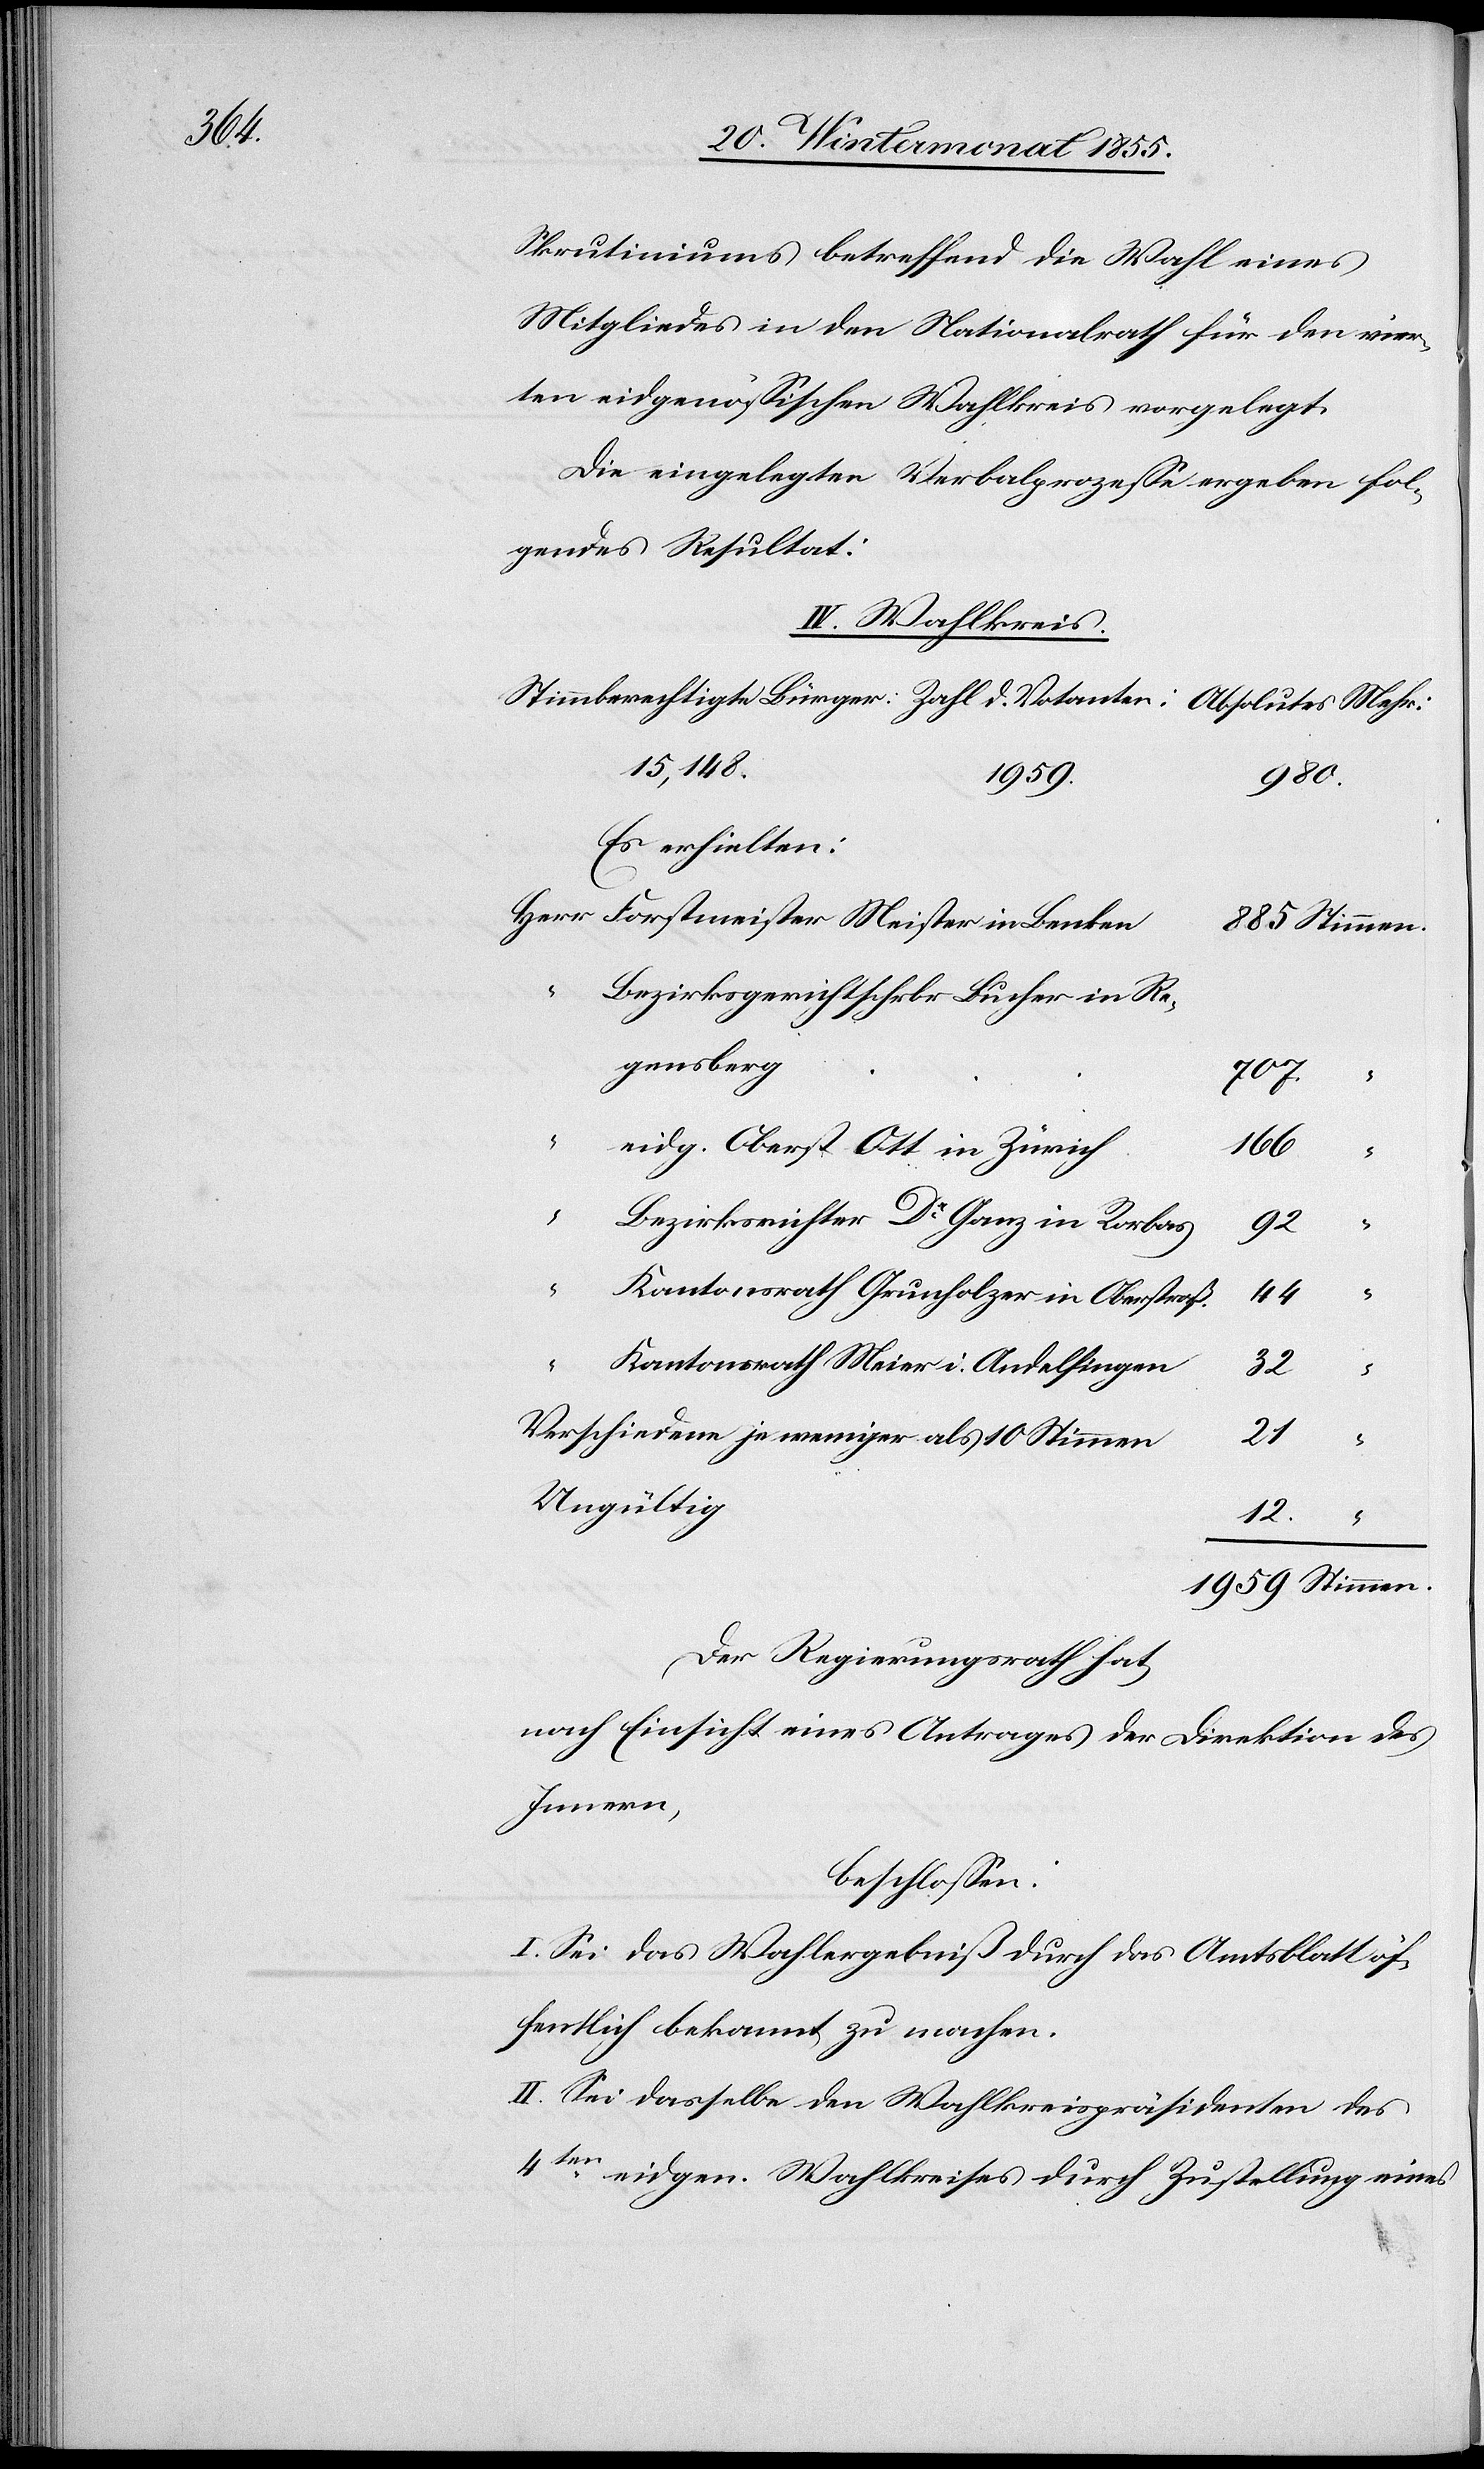
Mehr:

Skrutiniums betreffend die Wahl eines
Mitgliedes in den Nationalrath für den vier¬
ten eidgenössischen Wahlkreis vorgelegt.
Die eingelegten Verbalprozesse ergeben fol¬
gendes Resultat:
IV. Wahlkreis.
15,148.
1959.
166
Es erhielten:
Forstmeister Meister in Benken
885 Stimmen.
“
Bezirksgerichtschrbr Bucher in Re¬
gensberg
707.
“
eidg. Oberst Ott in Zürich
“
“
Bezirksrichter Dr Ganz in Rorbas
92
“
Kantonsrath Grunholzer in Oberstraß.
44
Kantonsrath Meier i. Andelfingen
32
“
Verschiedene je weniger als 10 Stimmen
21
Ungültig
12. “
1959 Stimmen.
Der Regierungsrath hat,
nach Einsicht eines Antrages der Direktion des
Innern,
beschlossen:
I. Sei das Wahlergebniß durch das Amtsblatt öf¬
fentlich bekannt zu machen.
II. Sei dasselbe den Wahlkreispräsidenten des
4ten eidgen. Wahlkreises durch Zustellung eines